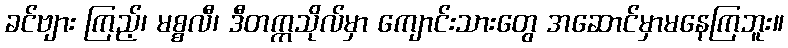
ခင်ဗျား ကြည့်၊ မစ္စလီ၊ ဒီတက္ကသိုလ်မှာ ကျောင်းသားတွေ အဆောင်မှာမနေကြဘူး။